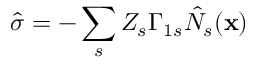
\hat { \sigma } = - \sum _ { s } Z _ { s } \Gamma _ { 1 s } \hat { N } _ { s } ( { \bf x } )